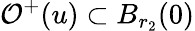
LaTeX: \mathcal{O}^{+}(u)\subset B_{r_{2}}(0)